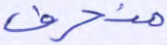
منحرف